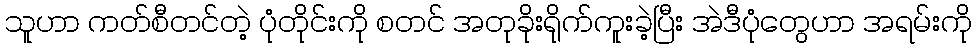
သူဟာ ကတ်စီတင်တဲ့ ပုံတိုင်းကို စတင် အတုခိုးရိုက်ကူးခဲ့ပြီး အဲဒီပုံတွေဟာ အရမ်းကို